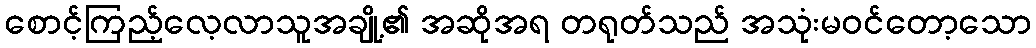
စောင့်ကြည့်လေ့လာသူအချို့၏ အဆိုအရ တရုတ်သည် အသုံးမဝင်တော့သော